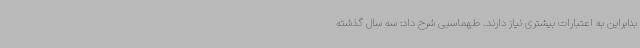
بنابراین به اعتبارات بیشتری نیاز دارند. طهماسبی شرح داد: سه سال گذشته